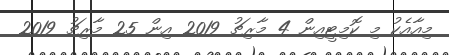
މިއާއެކު މި ކޮމިޓީއިން 4 މާރިޗު 2019 އިން 25 މާރިޗު 2019